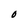
Character: O